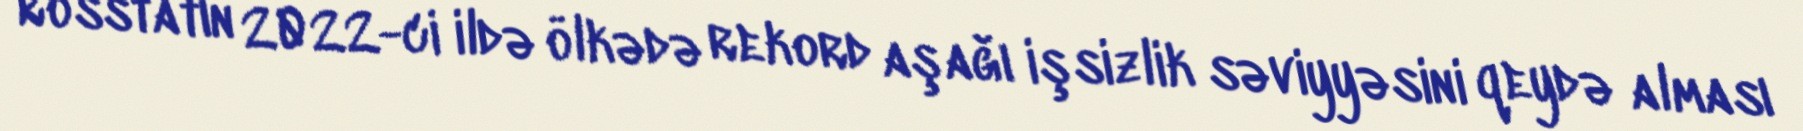
Rosstatın 2022-ci ildə ölkədə rekord aşağı işsizlik səviyyəsini qeydə alması